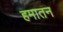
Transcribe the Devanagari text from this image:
हमातन